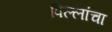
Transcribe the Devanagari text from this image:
पिल्लांचा